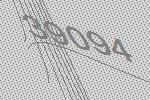
39094